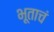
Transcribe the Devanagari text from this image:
भूताचं